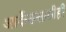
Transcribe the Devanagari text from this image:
आर्केडसाठीही